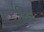
કિર